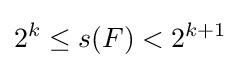
2^{k}\leq s(F)<2^{k+1}